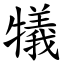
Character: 犠